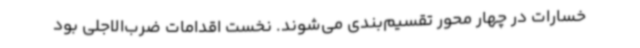
خسارات در چهار محور تقسیم‌بندی می‌شوند. نخست اقدامات ضرب‌الاجلی بود